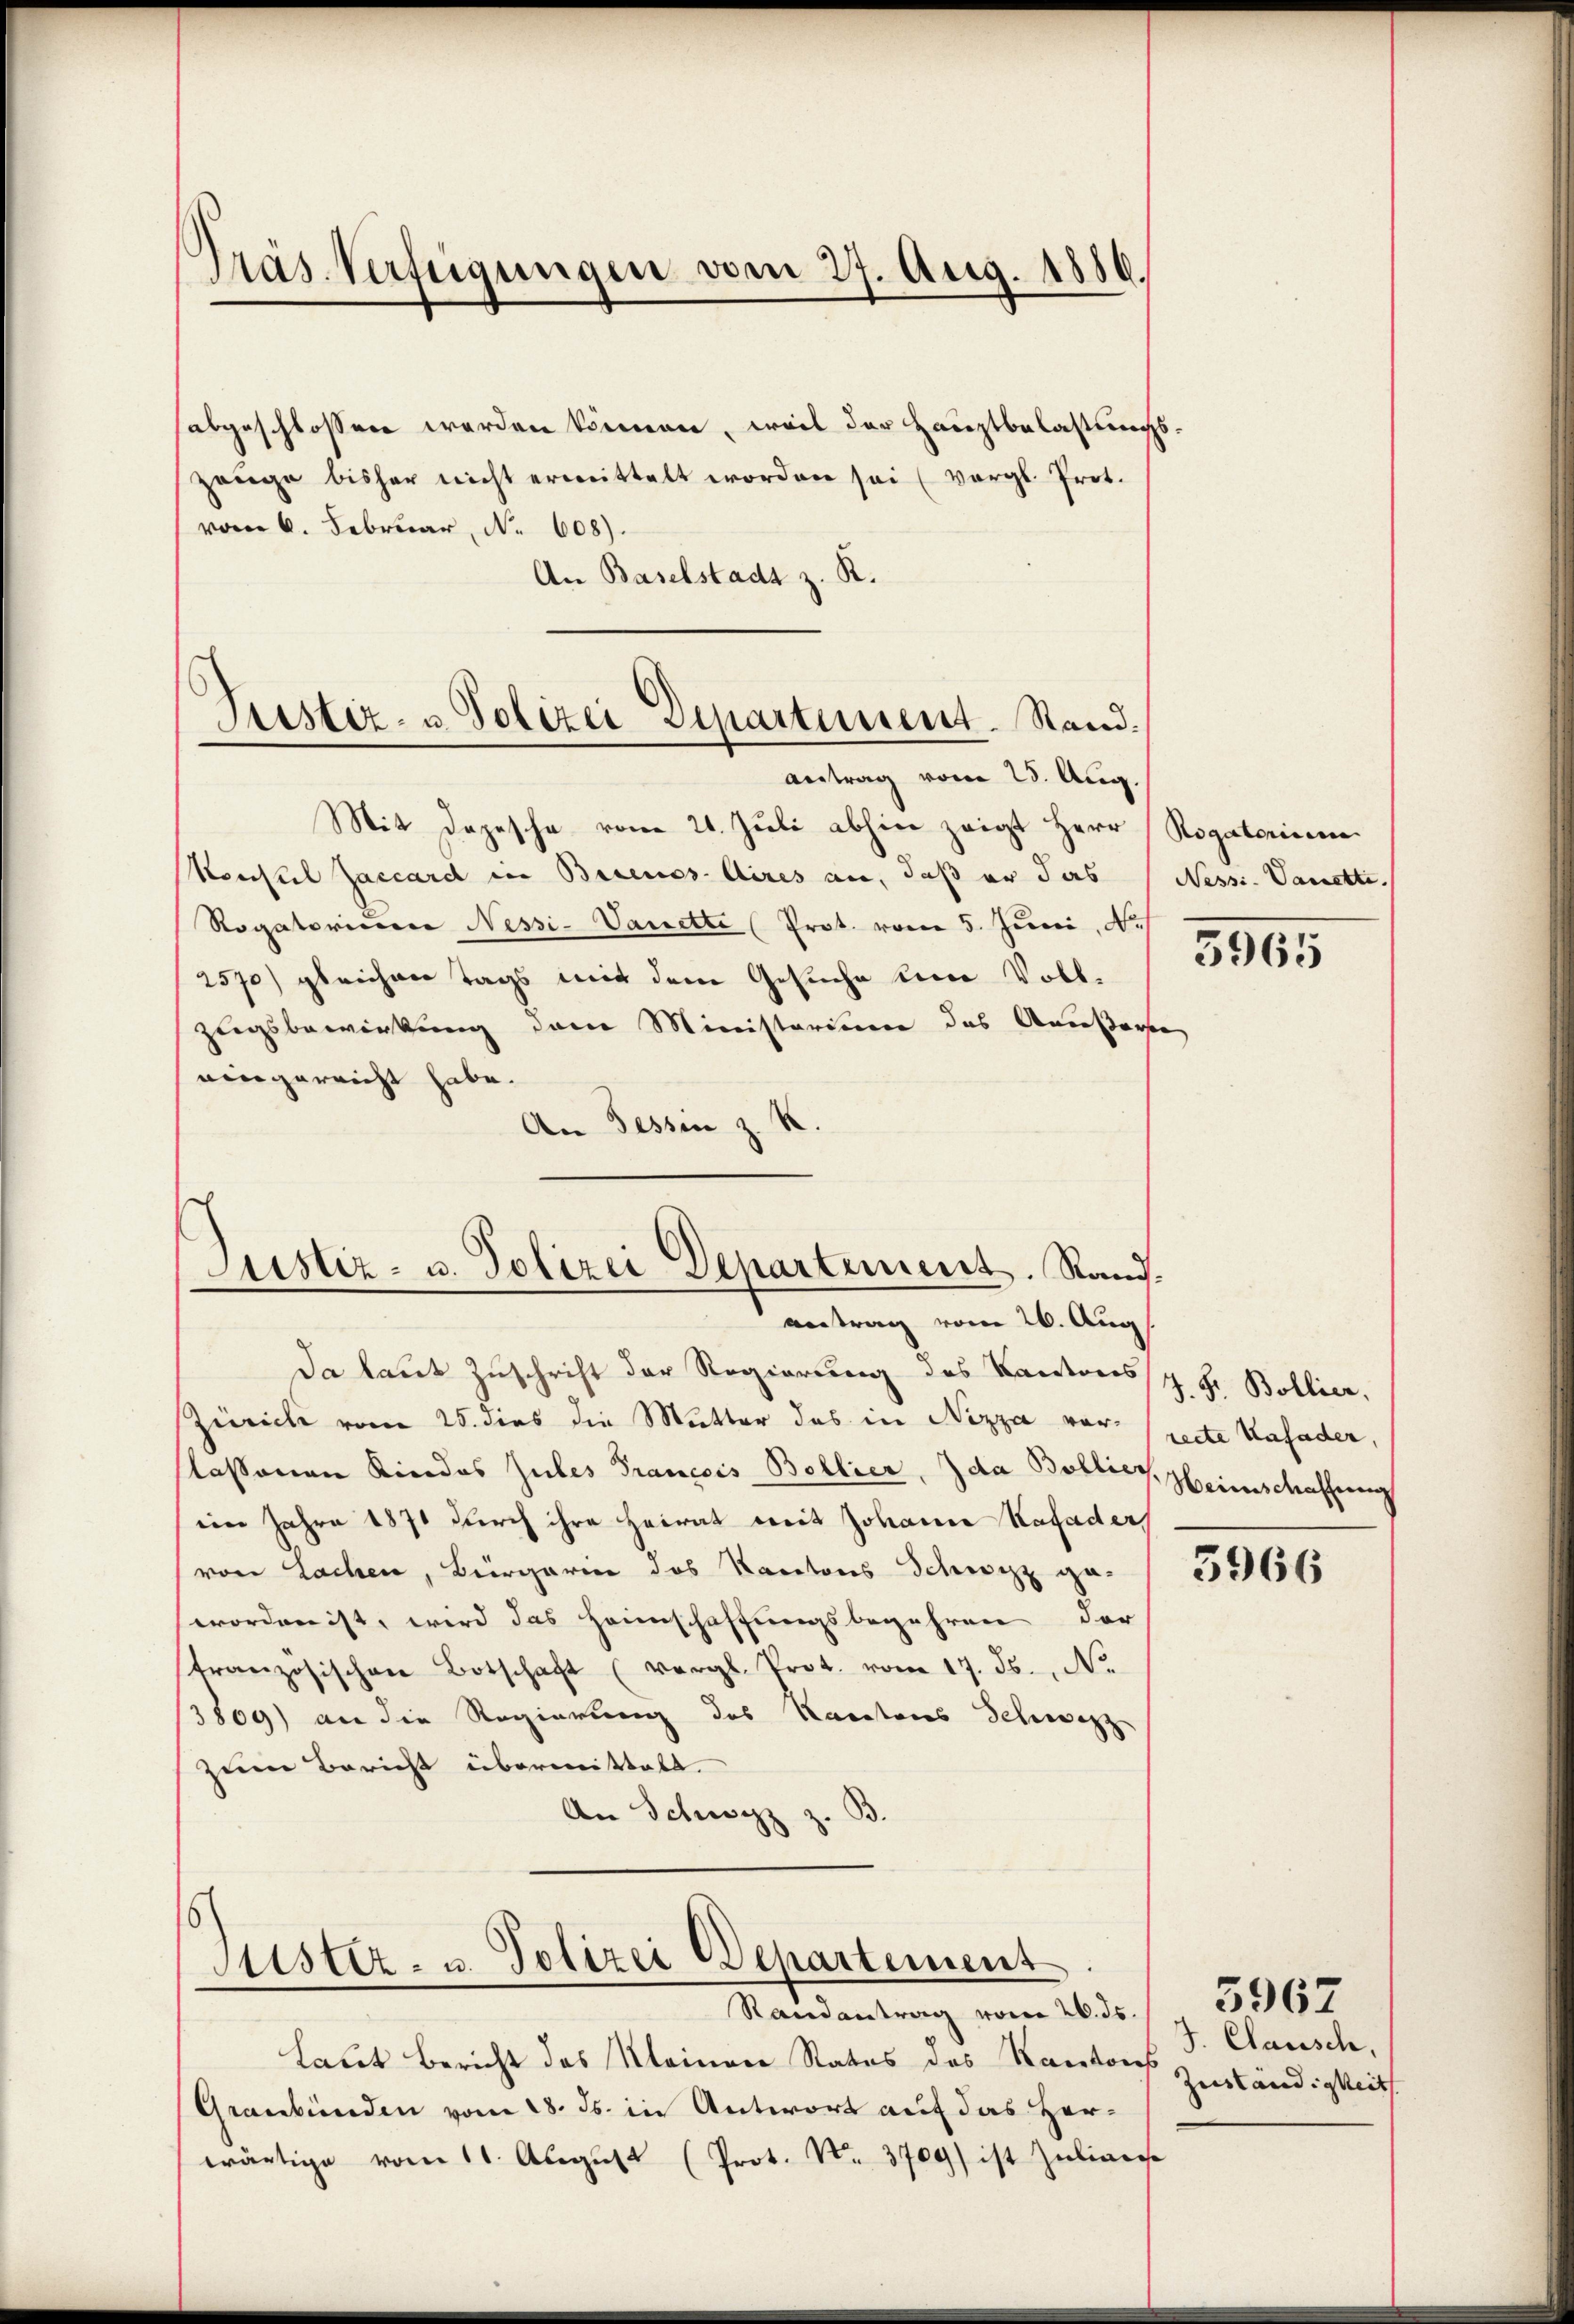
Präs. Verfügungen vom 27. Aug. 1886.

Justiz- u. Polizei Departement. Stand.

antrag vom 26. Aug

Da laut Zuschrift der Regierung des Kantons J. Hr. Bollier.
Züricli vom 25. dies die Mutter das in Nizza vorlassenen Kindes Zules Francois Bollier, Ida Bollier, Heimschaffung
im Jahre 1870 durch ihre Heirat mit Johann Kafader
von Lachen, Biirgarin des Kantons Schwyz ge-
worden ist, wird das Heimschaffungsbegehren der
tranzösischen Botschaft (vergl. Prot. vom 17. ds., No.
3809) an die Regierung des Kantons Schwerz
zum Bericht übermittete.
An Schwyz z. B

vom 6. Februar, No 608).
An Baselstadt z. R.
Antrag vom 25. Aug.
Mit Depesche vom 21. Juli abhin zeigt Herr Rogatorisena
Konseil Zaccard in Buenos-Aires an, daß er das (Nessi. Vanetti.
Rogatorisiere Nessi-Vanette (Prot. vom 5. Juni, N.
2570) gleichen Tags mit dem Gesuche und Vollzwigsbewirkung den Ministerieen das Aeußerte
eingereicht habe.
An Tessin z. R.
Justiz- u. Polizei Departement. Stand.

abgeschlossen werden können, weil der Hauptbelastungszange bisher nicht ermittelt worden sei (vergl. Prot.

Justiz- u. Polizei Departement
Randantrag vom 26. ds.

Laut Bericht des Kleinen Status des Kantons Zuständigkeit
Graubünden vom 28. ds. in Antwort auf das Her-
wärtige vom 11. Aŭgŭst (Prot. No. 3709) ist Zŭlingese

3965

recte Kafader,

3966

J. Clausch,

3967